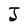
Character: J